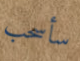
سأسحب